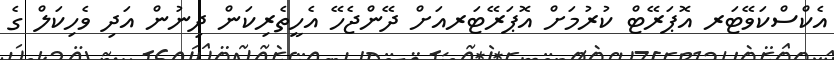
އެކްސްކަވޭޓަރ އޮޕަރޭޓް ކުރުމަށް އޮޕަރޭޓަރއަށް ދޭންޖެހޭ އެހީތެރިކަން ދިނުން އަދި ވެހިކަލް ގެ